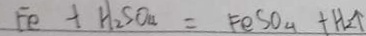
F e + H _ { 2 } S O _ { 4 } = F e S O _ { 4 } + H _ { 2 } \uparrow